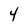
Character: 4